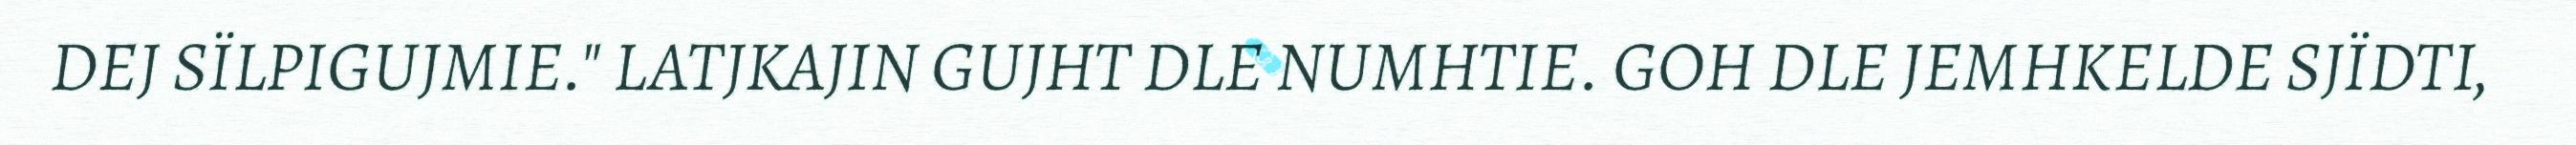
DEJ SÏLPIGUJMIE." LATJKAJIN GUJHT DLE NUMHTIE. GOH DLE JEMHKELDE SJÏDTI,